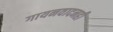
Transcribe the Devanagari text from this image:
गायनवादनही